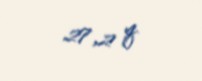
27,2 q